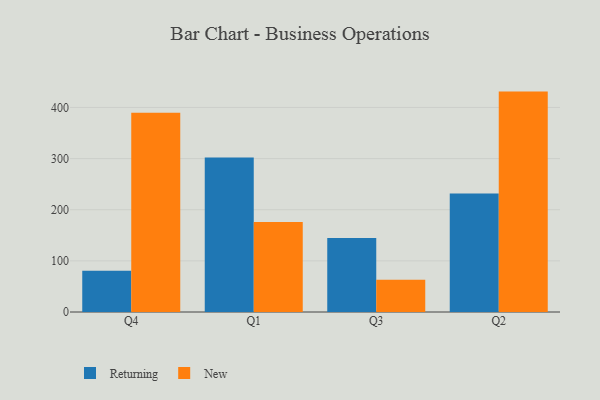
{"axis": {"x": "Quarter", "y": "Satisfaction Score"}, "legend": ["New", "Returning"], "data": [{"x": "Q4", "y": 80.8, "type": "Returning"}, {"x": "Q4", "y": 389.4, "type": "New"}, {"x": "Q1", "y": 302.3, "type": "Returning"}, {"x": "Q1", "y": 175.8, "type": "New"}, {"x": "Q3", "y": 144.6, "type": "Returning"}, {"x": "Q3", "y": 62.9, "type": "New"}, {"x": "Q2", "y": 231.6, "type": "Returning"}, {"x": "Q2", "y": 431.0, "type": "New"}]}